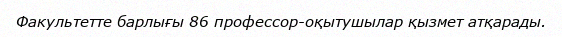
Факультетте барлығы 86 профессор-оқытушылар қызмет атқарады.